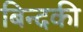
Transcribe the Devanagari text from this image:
बिन्‍दकी